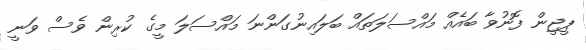
ޕީޖީން ފޮނުވާ ބައެއް މައްސަލަތައް ބަލައިނުގަންނަ މައްސަލަ މީގެ ކުރިން ވެސް ވަނީ